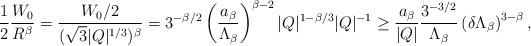
LaTeX: \begin{align*}\frac{1}{2}\frac{W_{0}}{R^{\beta}} = \frac{W_{0}/2}{(\sqrt{3}|Q|^{1/3})^{\beta}} = 3^{-\beta/2}\left(\frac{a_{\beta}}{\Lambda_{\beta}}\right)^{\beta-2}|Q|^{1-\beta/3}|Q|^{-1} \ge \frac{a_{\beta}}{|Q|}\frac{3^{-3/2}}{\Lambda_{\beta}}\left(\delta\Lambda_{\beta}\right)^{3-\beta},\end{align*}